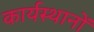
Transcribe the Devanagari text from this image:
कार्यस्थानों